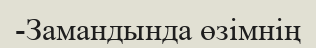
-Замандында өзімнің